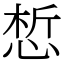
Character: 惁